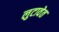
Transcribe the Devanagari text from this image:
लुटावेत